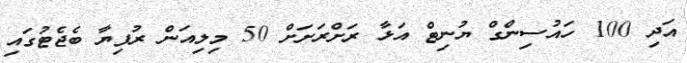
އަދި 100 ހައުސިންގް ޔުނިޓް އަޅާ ރަށްރަށަށް 50 މިލިއަން ރުފިޔާ ބެޖެޓުގައި